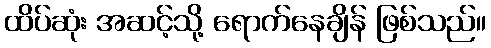
ထိပ်ဆုံး အဆင့်သို့ ရောက်နေချိန် ဖြစ်သည်။